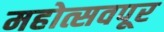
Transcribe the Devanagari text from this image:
महोत्सवपूर